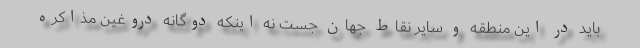
باید در این منطقه و سایر نقاط جهان جست نه اینکه دوگانه دروغین مذاکره